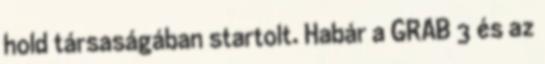
hold társaságában startolt. Habár a GRAB 3 és az